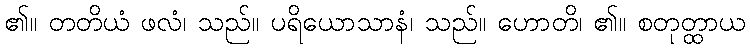
၏။ တတိယံ ဖလံ၊ သည်။ ပရိယောသာနံ၊ သည်။ ဟောတိ၊ ၏။ စတုတ္ထာယ